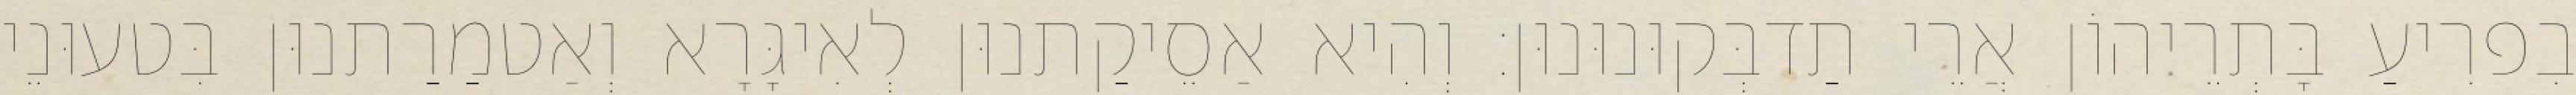
בִפרִיעַ בָּתְרֵיהוֹן אֲרֵי תַדבְּקוּנוּנוּן׃ וְהִיא אַסֵיקַתנוּן לְאִיגָּרָא וְאַטמַרַתנוּן בִּטעוּנֵי